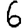
Digit: 6